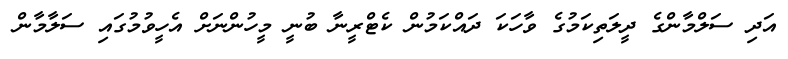
އަދި ސަލްމާންގެ ދީލަތިކަމުގެ ވާހަކަ ދައްކަމުން ކެޓްރީނާ ބުނީ މީހުންނަށް އެހީވުމުގައި ސަލާމާން